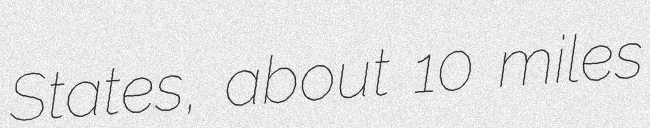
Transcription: States, about 10 miles